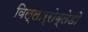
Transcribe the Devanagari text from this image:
विल्लार्‍रोब्लेडो